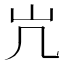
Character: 𫵳